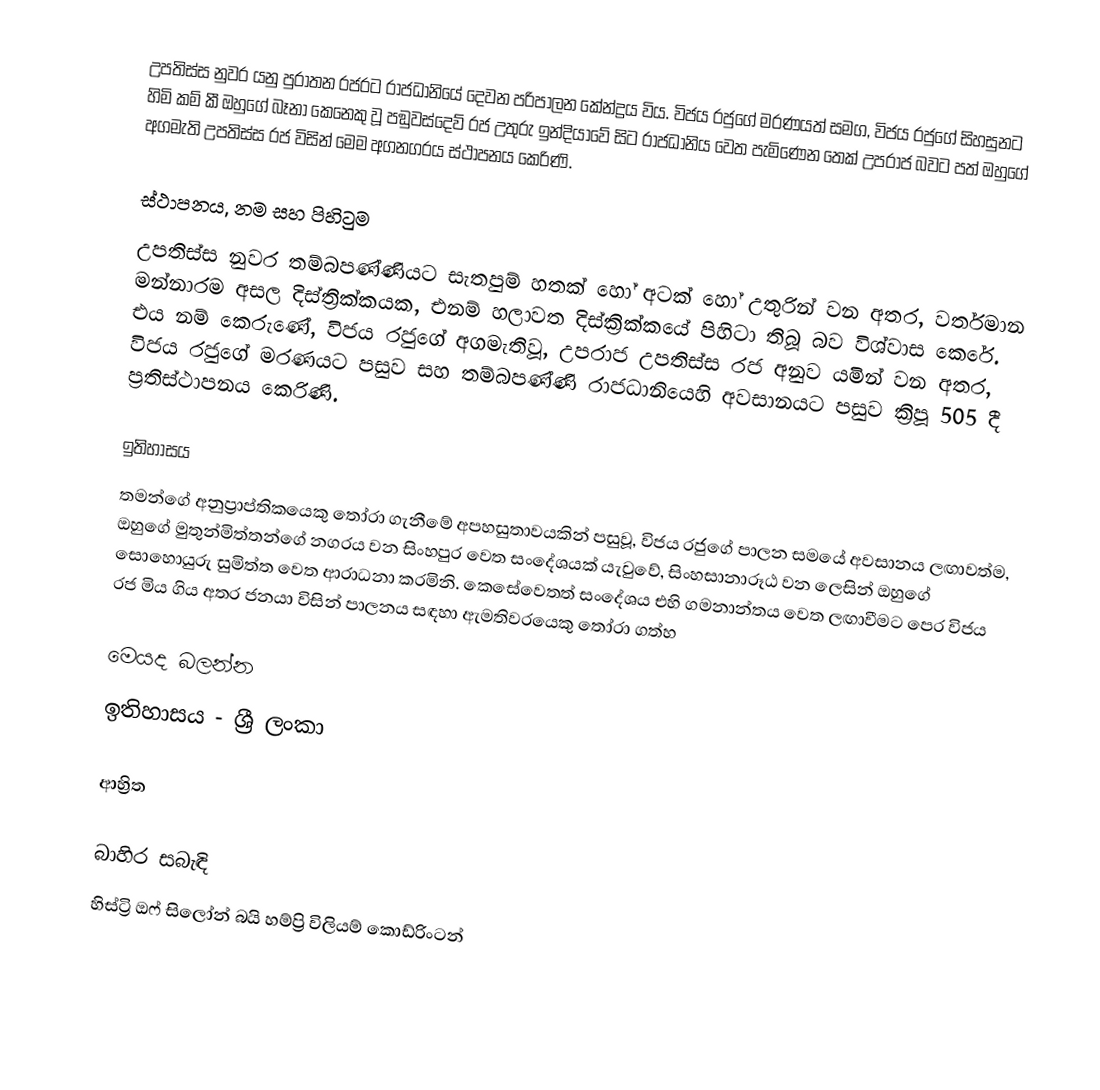
උපතිස්ස නුවර   යනු   පුරාතන රජරට රාජධානියේ දෙවන පරිපාලන කේන්ද්‍රය විය. විජය රජුගේ මරණයත් සමග,  විජය රජුගේ සිහසුනට හිමි කම් කී ඔහුගේ බෑනා කෙනෙකු වූ පඞුවස්දෙව් රජ   උතුරු ඉන්දියාවේ සිට රාජධානිය වෙත පැමිණෙන තෙක් උපරාජ බවට පත් ඔහුගේ අගමැති උපතිස්ස රජ විසින් මෙම අගනගරය ස්ථාපනය කෙරිණි.

ස්ථාපනය, නම සහ පිහිටුම
උපතිස්ස නුවර තම්බපණ්ණියට සැතපුම් හතක් හෝ අටක් හෝ උතුරින් වන අතර, වර්තමාන මන්නාරම අසල දිස්ත්‍රික්කයක, එනම් හලාවත දිස්ක්‍රික්කයේ පිහිටා තිබූ බව විශ්වාස කෙරේ.   එය නම් කෙරුණේ, විජය රජුගේ අගමැතිවූ, උපරාජ  උපතිස්ස රජ අනුව යමින් වන අතර, විජය රජුගේ මරණයට පසුව සහ  තම්බපණ්ණි රාජධානියෙහි අවසානයට පසුව ක්‍රිපූ 505 දී ප්‍රතිස්ථාපනය කෙරිණි.

ඉතිහාසය
තමන්ගේ අනුප්‍රාප්තිකයෙකු තෝරා ගැනීමේ අපහසුතාවයකින් පසුවූ, විජය රජුගේ පාලන සමයේ අවසානය ලඟාවත්ම, ඔහුගේ  මුතුන්මිත්තන්ගේ නගරය වන සිංහපුර වෙත සංදේශයක් යැවුවේ, සිංහසානාරූඨ වන ලෙසින් ඔහුගේ සොහොයුරු සුමිත්ත වෙත ආරාධනා කරමිනි.  කෙසේවෙතත් සංදේශය එහි ගමනාන්තය වෙත ලඟාවීමට පෙර විජය රජ මිය ගිය අතර ජනයා විසින් පාලනය සඳහා ඇමතිවරයෙකු තෝරා ගත්හ

මෙයද බලන්න
 ඉතිහාසය - ශ්‍රී ලංකා

ආහ්‍රිත

බාහිර සබැඳි
 හිස්ට්‍රි ඔෆ් සිලෝන් බයි හම්ප්‍රි විලියම් කොඩ්රිංටන්